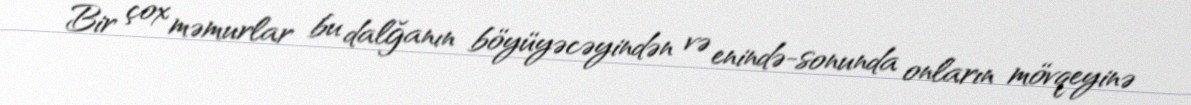
Bir çox məmurlar bu dalğanın böyüyəcəyindən və enində-sonunda onların mövqeyinə